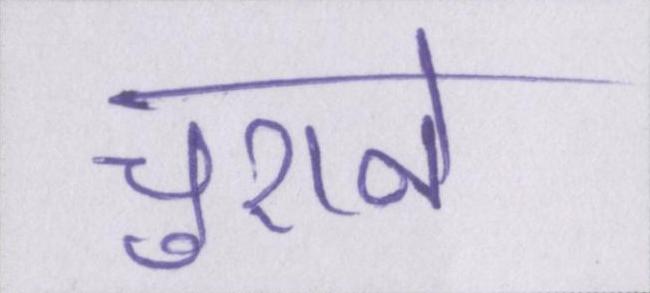
चुराने